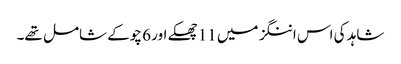
شاہد کی اس اننگز میں 11 چھکے اور 6 چوکے شامل تھے۔